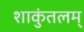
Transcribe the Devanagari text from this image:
शाकुंतलम्‌